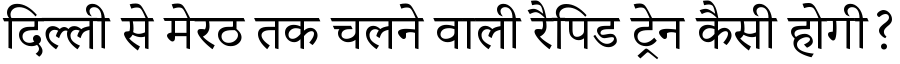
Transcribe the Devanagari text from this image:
दिल्ली से मेरठ तक चलने वाली रैपिड ट्रेन कैसी होगी?